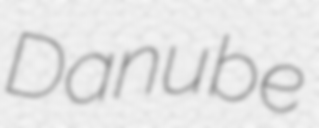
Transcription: Danube